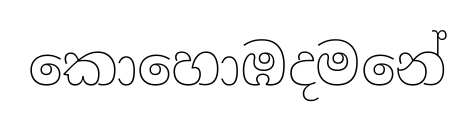
කොහොඹදමනේ